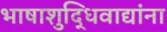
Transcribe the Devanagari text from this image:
भाषाशुद्धिवाद्यांना